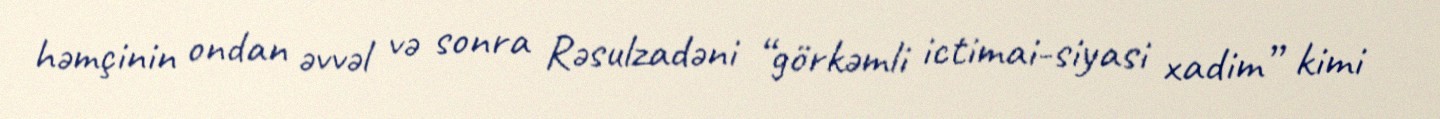
həmçinin ondan əvvəl və sonra Rəsulzadəni “görkəmli ictimai-siyasi xadim” kimi